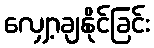
လျှော့ချနိုင်ခြင်း